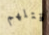
قتلهم